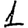
Digit: 1